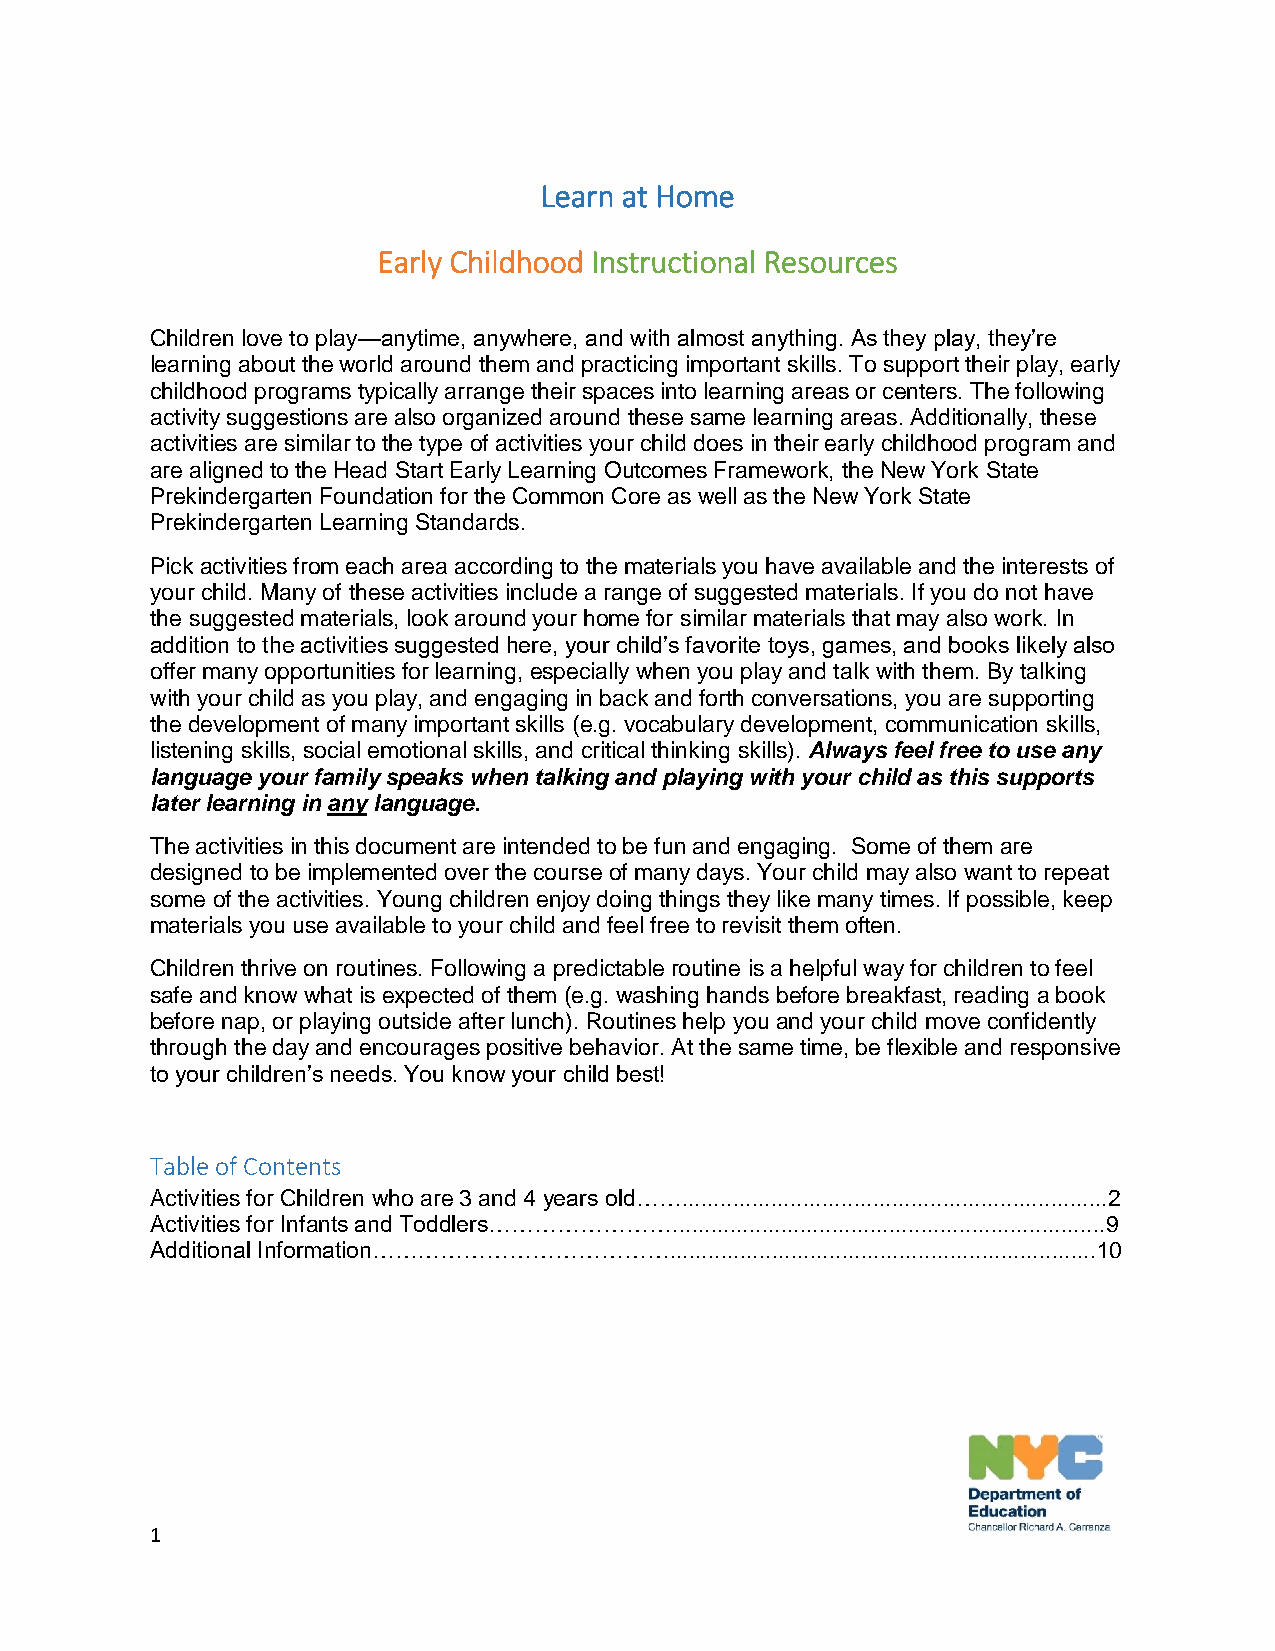
Learn at Home
 Early Childhood Instructional Resources
 Children love to play—anytime, anywhere, and with almost anything. As they play, they’re
 learning about the world around them and practicing important skills. To support their play, early
 childhood programs typically arrange their spaces into learning areas or centers. The following
 activity suggestions are also organized around these same learning areas. Additionally, these
 activities are similar to the type of activities your child does in their early childhood program and
 are aligned to the Head Start Early Learning Outcomes Framework, the New York State
 Prekindergarten Foundation for the Common Core as well as the New York State
 Prekindergarten Learning Standards.
 Pick activities from each area according to the materials you have available and the interests of
 your child. Many of these activities include a range of suggested materials. If you do not have
 the suggested materials, look around your home for similar materials that may also work. In
 addition to the activities suggested here, your child’s favorite toys, games, and books likely also
 offer many opportunities for learning, especially when you play and talk with them. By talking
 with your child as you play, and engaging in back and forth conversations, you are supporting
 the development of many important skills (e.g. vocabulary development, communication skills,
 listening skills, social emotional skills, and critical thinking skills). Always feel free to use any
 language your family speaks when talking and playing with your child as this supports
 later learning in any language.
 The activities in this document are intended to be fun and engaging. Some of them are
 designed to be implemented over the course of many days. Your child may also want to repeat
 some of the activities. Young children enjoy doing things they like many times. If possible, keep
 materials you use available to your child and feel free to revisit them often.
 Children thrive on routines. Following a predictable routine is a helpful way for children to feel
 safe and know what is expected of them (e.g. washing hands before breakfast, reading a book
 before nap, or playing outside after lunch). Routines help you and your child move confidently
 through the day and encourages positive behavior. At the same time, be flexible and responsive
 to your children’s needs. You know your child best!
 Table of Contents
 Activities for Children who are 3 and 4 years old……...................................................................2
 Activities for Infants and Toddlers……………………....................................................................9
 Additional Information…………………………………...................................................................10
 1